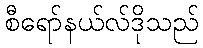
စီရော်နယ်လ်ဒိုသည်